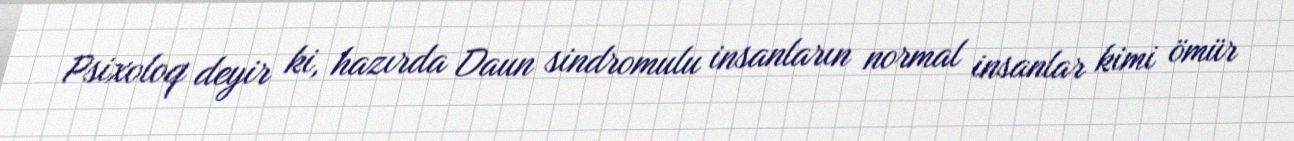
Psixoloq deyir ki, hazırda Daun sindromulu insanların normal insanlar kimi ömür